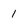
Character: 1